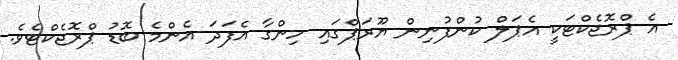
އެ ޕްރޮޖެކްޓަކީ އެޕަލް ކުންފުނިން ޔޫރަޕްގައި ހިންގާ އެފަދަ އެންމެ ބޮޑު ޕްރޮޖެކްޓެވެ.